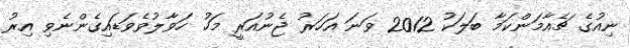
ނިއުގެ ޗެއާމަންކަމާ ބަލަކު 2012 ވަނަ އަހަރު ޖެނުއަރީ މަހު ހަވާލުވެވަޑައިގެންނެވި އިރު